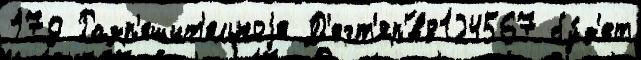
179 Разр'ешит'ельноjе Д'егт'яр'́в8124567 бу́д'ет